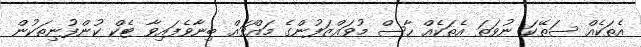
އެތަކެއް ސަތޭކަ ނުވަތަ އެތަކެއް ހާސް މުވައްޒަފުންގެ މައްޗައް ބިނާވެފައިވާ ޓެކް ކުންފުނިތަކުން